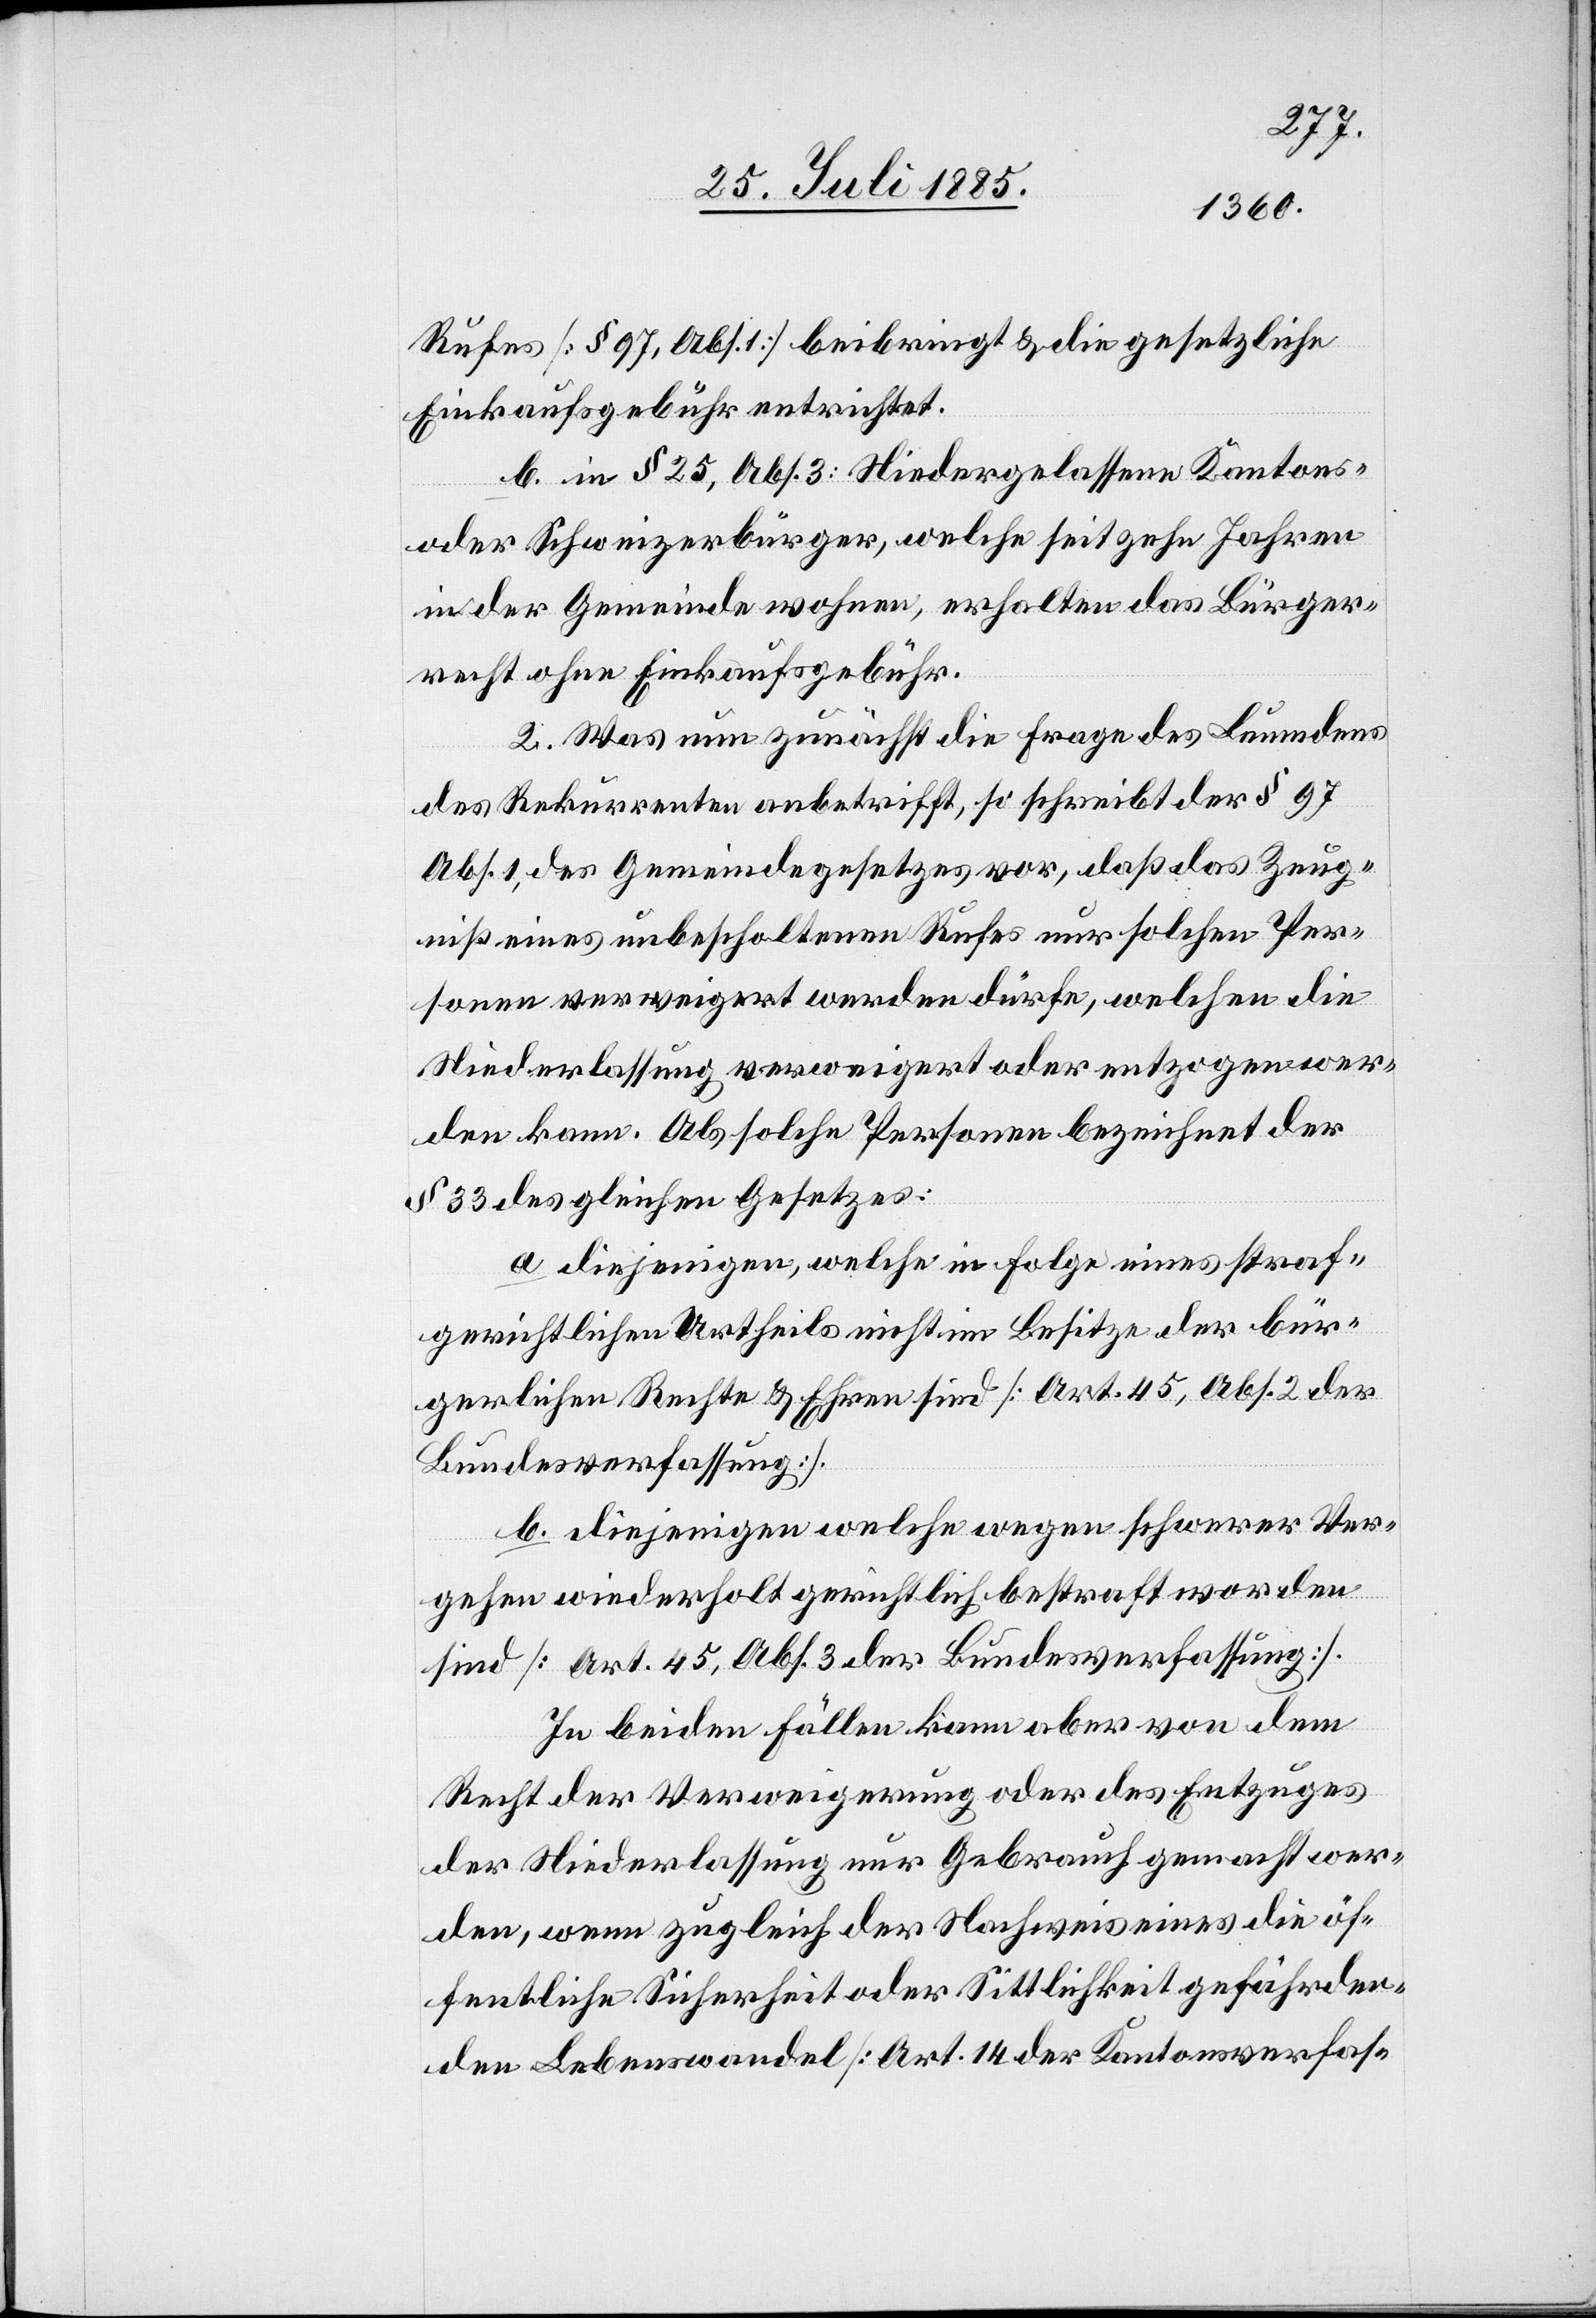
Rufes [§ 97, Abs. 1] beibringt & die gesetzliche
Einkaufsgebühr entrichtet.
b. in § 25, Abs. 3: Niedergelassene Kantons-
oder Schweizerbürger, welche seit zehn Jahren
in der Gemeinde wohnen, erhalten das Bürger¬
recht ohne Einkaufsgebühr.
2. Was nun zunächst die Frage des Leumdens
des Rekurrenten anbetrifft, so schreibt der § 97,
Abs. 1 des Gemeindegesetzes vor, daß das Zeug¬
niß eines unbescholtenen Rufes nur solchen Per¬
sonen verweigert werden dürfe, welchen die
Niederlassung verweigert oder entzogen wer¬
den kann. Als solche Personen bezeichnet der
§ 33 des gleichen Gesetzes:
a. diejenigen, welche in Folge eines straf¬
gerichtlichen Urtheils nicht im Besitze der bür¬
gerlichen Rechte & Ehren sind [Art. 45, Abs. 2 der
Bundesverfassung].
b. diejenigen welche wegen schwerer Ver¬
gehen wiederholt gerichtlich bestraft worden
sind [Art. 45, Abs. 3 der Bundesverfassung].
In beiden Fällen kann aber von dem
Recht der Verweigerung oder des Entzuges
der Niederlassung nur Gebrauch gemacht wer¬
den, wenn zugleich der Nachweis eines die öf¬
fentliche Sicherheit oder Sittlichkeit gefährden¬
den Lebenswandel [Art. 14 der Kantonsverfas-